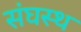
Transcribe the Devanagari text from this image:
संघस्थ